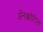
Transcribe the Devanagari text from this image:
अॅनक्कोटिल